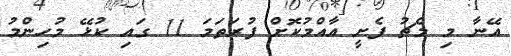
އޭނާ މި މެޗު ފެށީ އާއްމުކޮށް ފުރަތަމަ 11 ގައި ކުޅޭ މުހިންމު